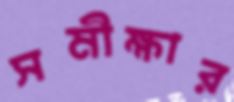
সমীক্ষার